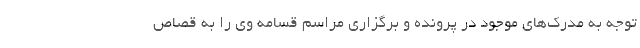
توجه به مدرک‌های موجود در پرونده و برگزاری مراسم قسامه وی را به قصاص